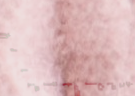
خدمات السبا والعناية بالب